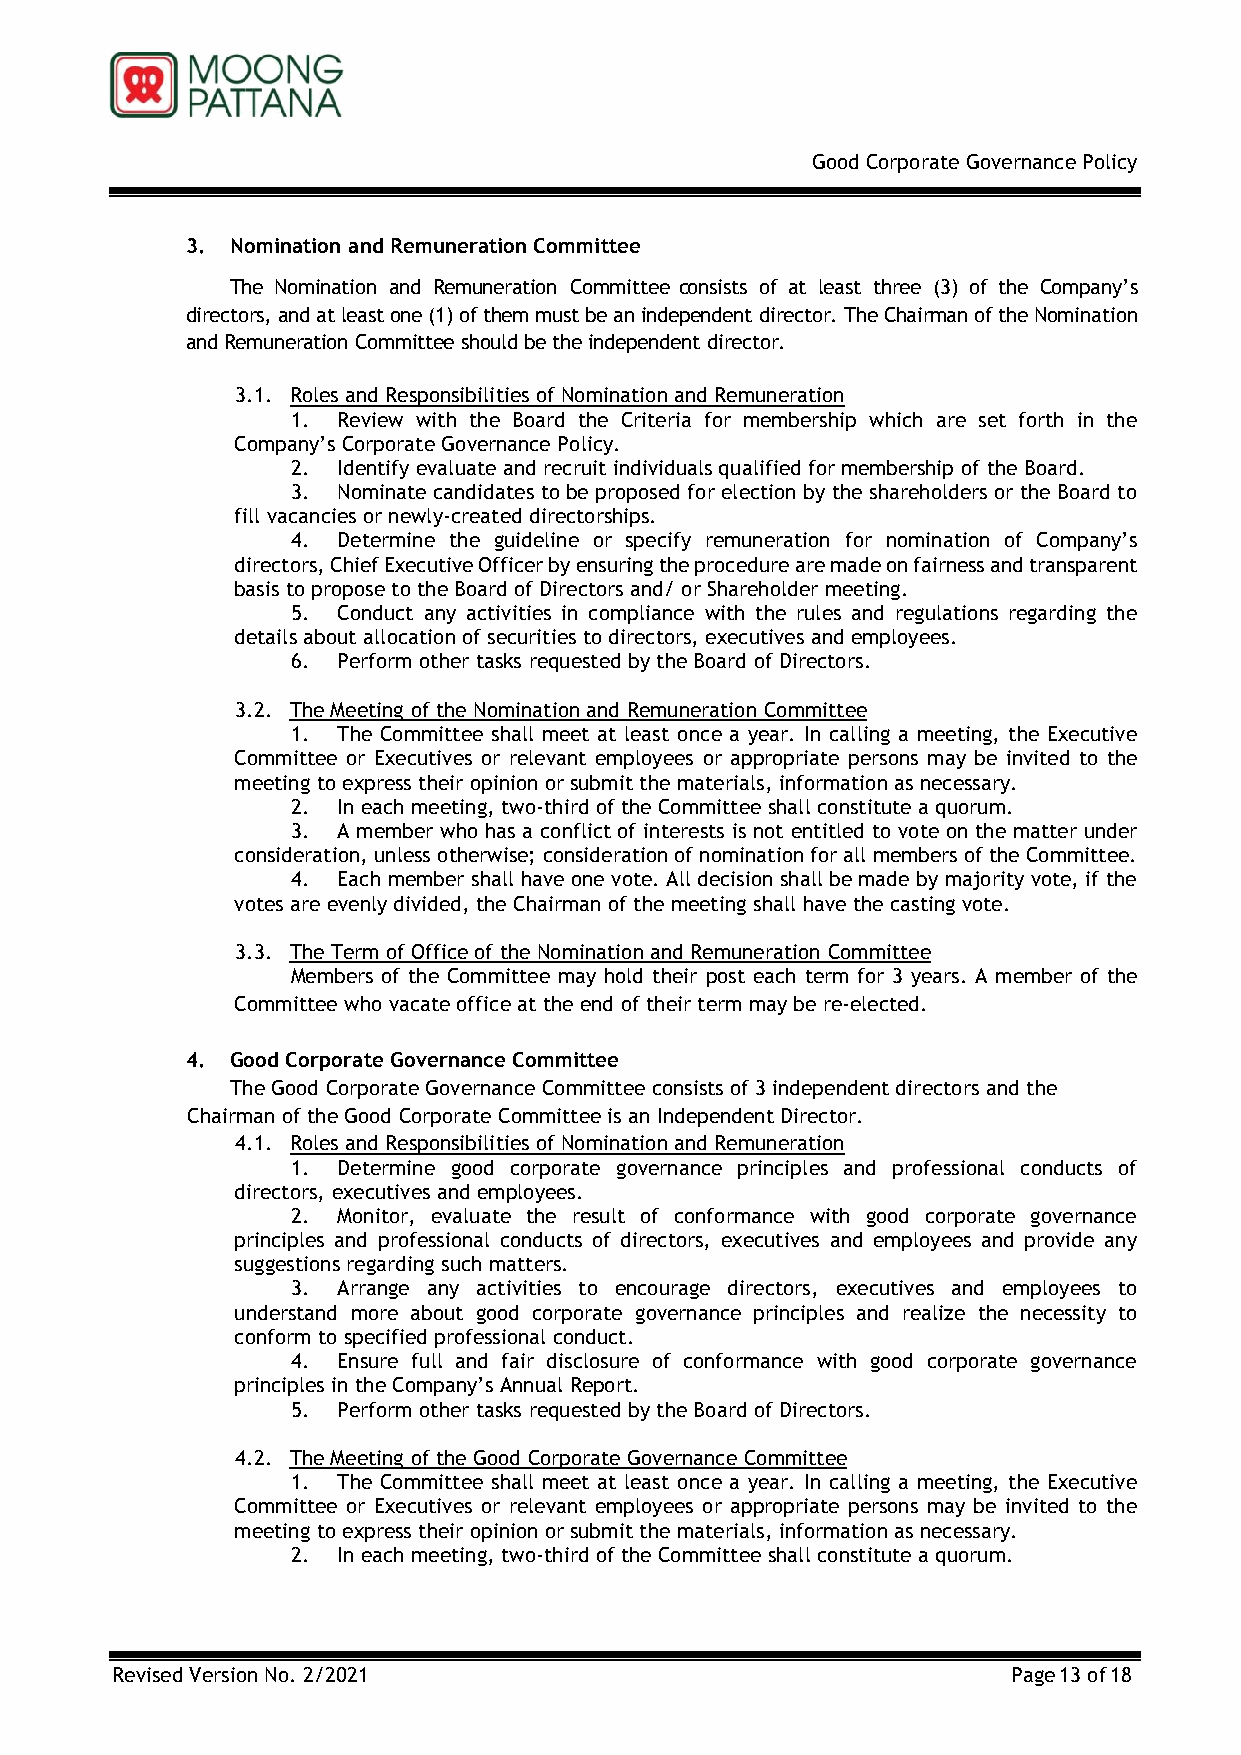
Good Corporate Governance Policy
 3. Nomination and Remuneration Committee
 The Nomination and Remuneration Committee consists of at least three (3) of the Company’s
 directors, and at least one (1) of them must be an independent director. The Chairman of the Nomination
 and Remuneration Committee should be the independent director.
 3.1. Roles and Responsibilities of Nomination and Remuneration
 1. Review with the Board the Criteria for membership which are set forth in the
 Company’s Corporate Governance Policy.
 2. Identify evaluate and recruit individuals qualified for membership of the Board.
 3. Nominate candidates to be proposed for election by the shareholders or the Board to
 fill vacancies or newly-created directorships.
 4. Determine the guideline or specify remuneration for nomination of Company’s
 directors, Chief Executive Officer by ensuring the procedure are made on fairness and transparent
 basis to propose to the Board of Directors and/ or Shareholder meeting.
 5. Conduct any activities in compliance with the rules and regulations regarding the
 details about allocation of securities to directors, executives and employees.
 6. Perform other tasks requested by the Board of Directors.
 3.2. The Meeting of the Nomination and Remuneration Committee
 1. The Committee shall meet at least once a year. In calling a meeting, the Executive
 Committee or Executives or relevant employees or appropriate persons may be invited to the
 meeting to express their opinion or submit the materials, information as necessary.
 2. In each meeting, two-third of the Committee shall constitute a quorum.
 3. A member who has a conflict of interests is not entitled to vote on the matter under
 consideration, unless otherwise; consideration of nomination for all members of the Committee.
 4. Each member shall have one vote. All decision shall be made by majority vote, if the
 votes are evenly divided, the Chairman of the meeting shall have the casting vote.
 3.3. The Term of Office of the Nomination and Remuneration Committee
 Members of the Committee may hold their post each term for 3 years. A member of the
 Committee who vacate office at the end of their term may be re-elected.
 4. Good Corporate Governance Committee
 The Good Corporate Governance Committee consists of 3 independent directors and the
 Chairman of the Good Corporate Committee is an Independent Director.
 4.1. Roles and Responsibilities of Nomination and Remuneration
 1. Determine good corporate governance principles and professional conducts of
 directors, executives and employees.
 2. Monitor, evaluate the result of conformance with good corporate governance
 principles and professional conducts of directors, executives and employees and provide any
 suggestions regarding such matters.
 3. Arrange any activities to encourage directors, executives and employees to
 understand more about good corporate governance principles and realize the necessity to
 conform to specified professional conduct.
 4. Ensure full and fair disclosure of conformance with good corporate governance
 principles in the Company’s Annual Report.
 5. Perform other tasks requested by the Board of Directors.
 4.2. The Meeting of the Good Corporate Governance Committee
 1. The Committee shall meet at least once a year. In calling a meeting, the Executive
 Committee or Executives or relevant employees or appropriate persons may be invited to the
 meeting to express their opinion or submit the materials, information as necessary.
 2. In each meeting, two-third of the Committee shall constitute a quorum.
 Revised Version No. 2/2021                                  Page 13 of 18